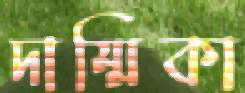
দাম্মিকা